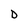
Character: D